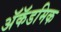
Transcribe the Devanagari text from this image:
अॅकॅडमिक